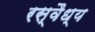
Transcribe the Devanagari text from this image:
रस्वैध्य